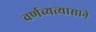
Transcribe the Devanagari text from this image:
वर्णव्यत्यासाने